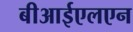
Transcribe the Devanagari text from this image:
बीआईएलएन